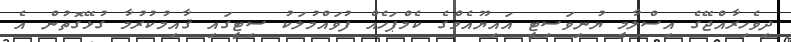
ދިވެހިރާއްޖޭގެ އިސްލާމީ ޔުނިވަސިޓީ އައިޔޫއެމްގެ ކެމްޕަހެއް ފުވައްމުލަކު ސިޓީގައި ޤާއިމުކުރުމާ ގުޅޭގޮތުން އެ